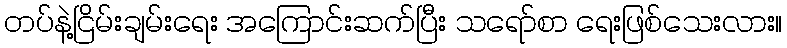
တပ်နဲ့ငြိမ်းချမ်းရေး အကြောင်းဆက်ပြီး သရော်စာ ရေးဖြစ်သေးလား။